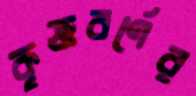
কৃষ্ণবর্ণের